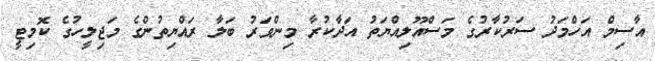
އާސިމް އަހްމަދު ސަރުކާރުގެ މަސްއޫލިއްޔަތު އަދާކުރާ މިންވަރު ބަލާ ރައްޔިތުންގެ މަޖިލީހުގެ ކޮމިޓީ